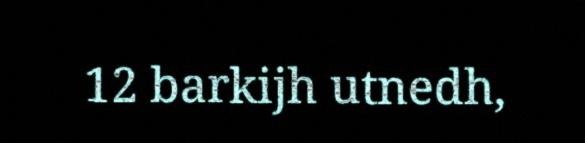
12 barkijh utnedh,